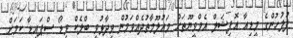
ފުލުހުންގެ މީޑިއާ އޮފިޝަލް އެމްވީޔޫތަށް މައުލޫމާތުދެއްވަމުން ވިދާޅުވީ ބްލެކް ވިޑޯ ސްޕައިޑާ ކަމަށް